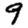
Digit: 9